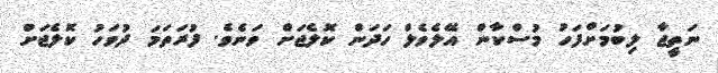
ނަތީޖާ ލިބުމަށްފަހު މުސްކާން އޭލެވެލް ހަދަން ކޮލެޖަށް ވަނެވެ. ފުރަތަމަ ދުވަހު ކޮލެޖަށް